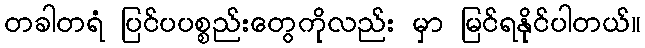
တခါတရံ ပြင်ပပစ္စည်းတွေကိုလည်း မှာ မြင်ရနိုင်ပါတယ်။